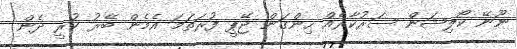
ނޫނޭ ކޯލިޝަން ސަރުކާރެއް ހިންގަން ޖޭޕީ ފުރަތަމަ އެމެން ބޭރު ކުރީ ދެން